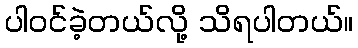
ပါဝင်ခဲ့တယ်လို့ သိရပါတယ်။